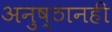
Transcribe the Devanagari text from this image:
अनुष्ठानही